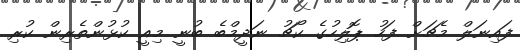
ފައިނަލް މެޗަށް ފަހު ޕޮލިހުގެ ކޯޗު ނަދީމްބެ ބުނީ މިއީ ކުޅުންތެރިން ކުރި